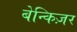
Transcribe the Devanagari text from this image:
बेन्किज़र